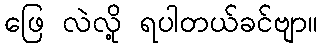
ဖြေ လဲလို့ ရပါတယ်ခင်ဗျာ။